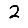
Digit: 2